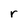
Character: r